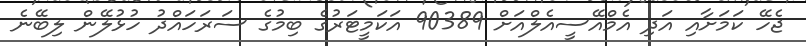
ޖެހޭ ކަމަށާއި އަދި އެމްއޭސީއެލްއަށް 90389 އަކަމީޓަރުގެ ބިމުގެ ސަރަހައްދު ހުޅުލޭން ލިބޭނެ